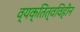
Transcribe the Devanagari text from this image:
व्यक्तित्वविहीन